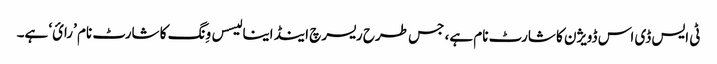
ٹی ایس ڈی اس ڈویژن کا شارٹ نام ہے، جس طرح ریسرچ اینڈ اینا لیسس وِنگ کا شارٹ نام ’رائ‘ ہے۔